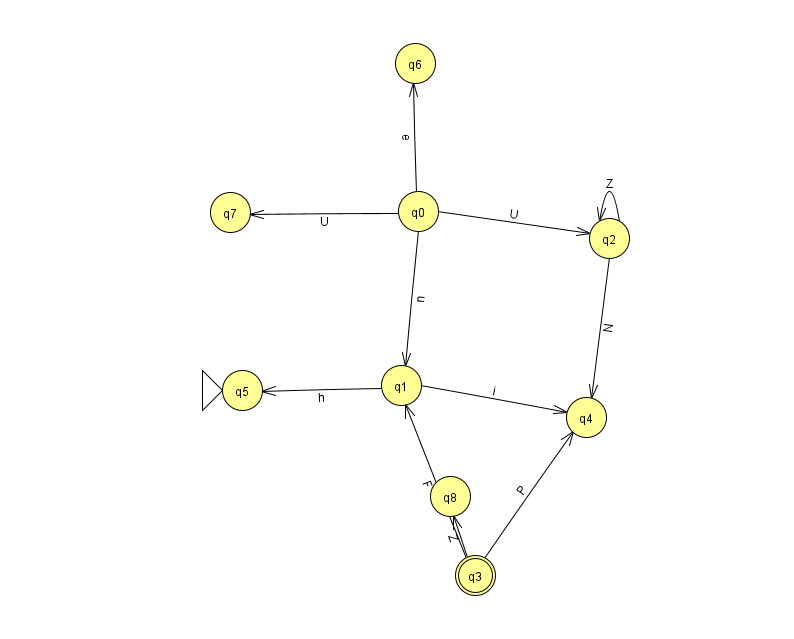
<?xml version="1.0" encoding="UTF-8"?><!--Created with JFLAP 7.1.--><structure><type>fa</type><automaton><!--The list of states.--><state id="0" name="q0"><x>418.0</x><y>198.0</y></state><state id="1" name="q1"><x>401.0</x><y>372.0</y></state><state id="2" name="q2"><x>609.0</x><y>225.0</y></state><state id="3" name="q3"><x>475.0</x><y>562.0</y><final/></state><state id="4" name="q4"><x>586.0</x><y>404.0</y></state><state id="5" name="q5"><x>242.0</x><y>377.0</y><initial/></state><state id="6" name="q6"><x>415.0</x><y>50.0</y></state><state id="7" name="q7"><x>230.0</x><y>199.0</y></state><state id="8" name="q8"><x>450.0</x><y>483.0</y></state><!--The list of transitions.--><transition><from>2</from><to>4</to><read>N</read></transition><transition><from>3</from><to>1</to><read>F</read></transition><transition><from>0</from><to>2</to><read>U</read></transition><transition><from>0</from><to>6</to><read>e</read></transition><transition><from>0</from><to>7</to><read>U</read></transition><transition><from>1</from><to>4</to><read>i</read></transition><transition><from>3</from><to>8</to><read>Z</read></transition><transition><from>2</from><to>2</to><read>Z</read></transition><transition><from>1</from><to>5</to><read>h</read></transition><transition><from>3</from><to>4</to><read>P</read></transition><transition><from>0</from><to>1</to><read>n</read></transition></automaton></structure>